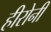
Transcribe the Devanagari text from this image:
हीरोनी